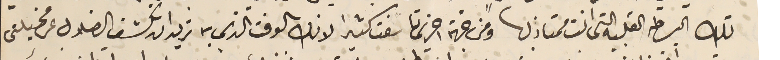
تلك البساطه القلبية التى انت ممتاز بها ومن جهة اخرى تاسفت كثيرا لانك بالوقت الذي به تريد ان تكشف الضلال عن مخيلتى